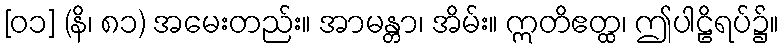
[၀၁] (နိ၊ ၈၁) အမေးတည်း။ အာမန္တာ၊ အိမ်း။ ဣတိဧတ္ထ၊ ဤပါဠိရပ်၌။